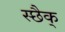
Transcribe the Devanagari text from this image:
स्छैक्